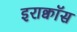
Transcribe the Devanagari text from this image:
इराक्वॉस